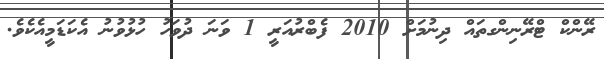
ރޭންކް ޓްރޭނިންގތައް ދިނުމަށް 2010 ފެބްރުއަރީ 1 ވަނަ ދުވަހު ހުޅުވުނު އެކަޑަމީއެކެވެ.